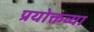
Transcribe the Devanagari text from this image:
प्रयोक्तव्या